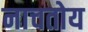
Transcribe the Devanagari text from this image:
नाचतोय